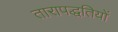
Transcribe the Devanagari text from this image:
तारापद्धतियों